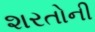
શરતોની